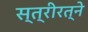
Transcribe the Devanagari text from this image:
स्त्रीरत्ने